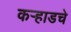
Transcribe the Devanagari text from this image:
कर्‍हाडचे